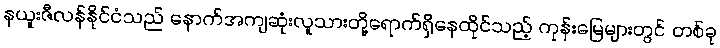
နယူးဇီလန်နိုင်ငံသည် နောက်အကျဆုံးလူသားတို့ရောက်ရှိနေထိုင်သည့် ကုန်းမြေများတွင် တစ်ခု